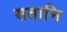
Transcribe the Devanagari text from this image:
सतानि